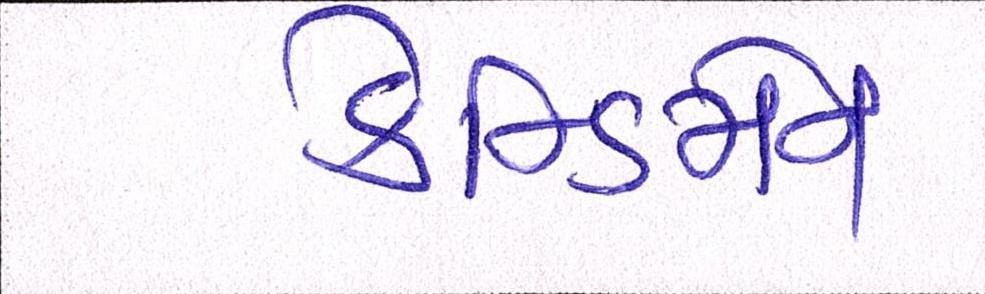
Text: કેન્ડિમેન